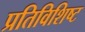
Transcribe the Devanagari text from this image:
प्रतिविशिष्ट